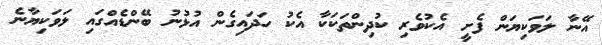
އޭނާ ލަވަކިޔަން ފެށީ އެކުވެރި ކުދިންތަކަކާ އެކު ހަދައިގެން އުޅުނު ބޭންޑެއްގައި ލަވަކިޔާނެ